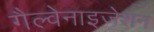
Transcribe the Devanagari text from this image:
गैल्वेनाइजेशन